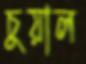
চুয়াল